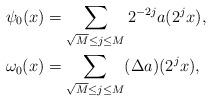
LaTeX: \begin{align*}& \psi_0(x)=\sum_{ \sqrt M \le j \le M}2^{-2j} a(2^jx), \\& \omega_0(x)=\sum_{\sqrt M \le j \le M} (\Delta a)(2^j x),\end{align*}